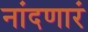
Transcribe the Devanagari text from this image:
नांदणारं